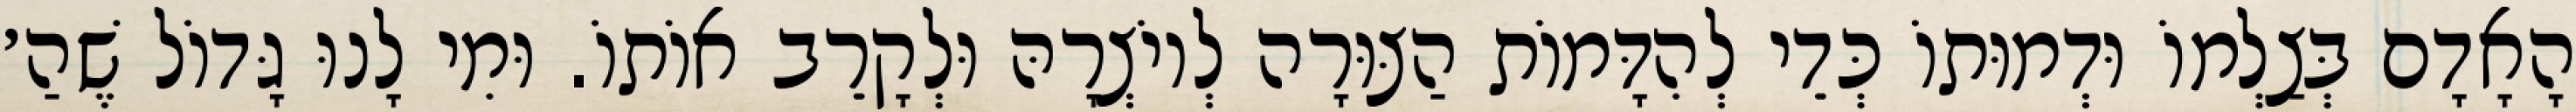
הָאָדָם בְּצַלְמוֹ וּדְמוּתוֹ כְּדֵי לְהִדָּמוֹת הַצּוּרָה לְיוֹצְרָהּ וּלְקָרֵב אוֹתוֹ. וּמִי לָנוּ גָּדוֹל שֶׁהַ׳